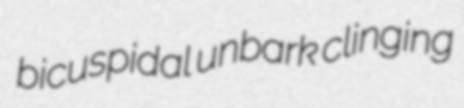
bicuspidal unbark clinging